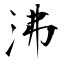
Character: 沸